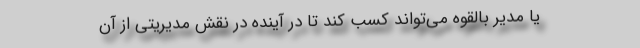
یا مدیر بالقوه می‌تواند کسب کند تا در آینده در نقش مدیریتی از آن